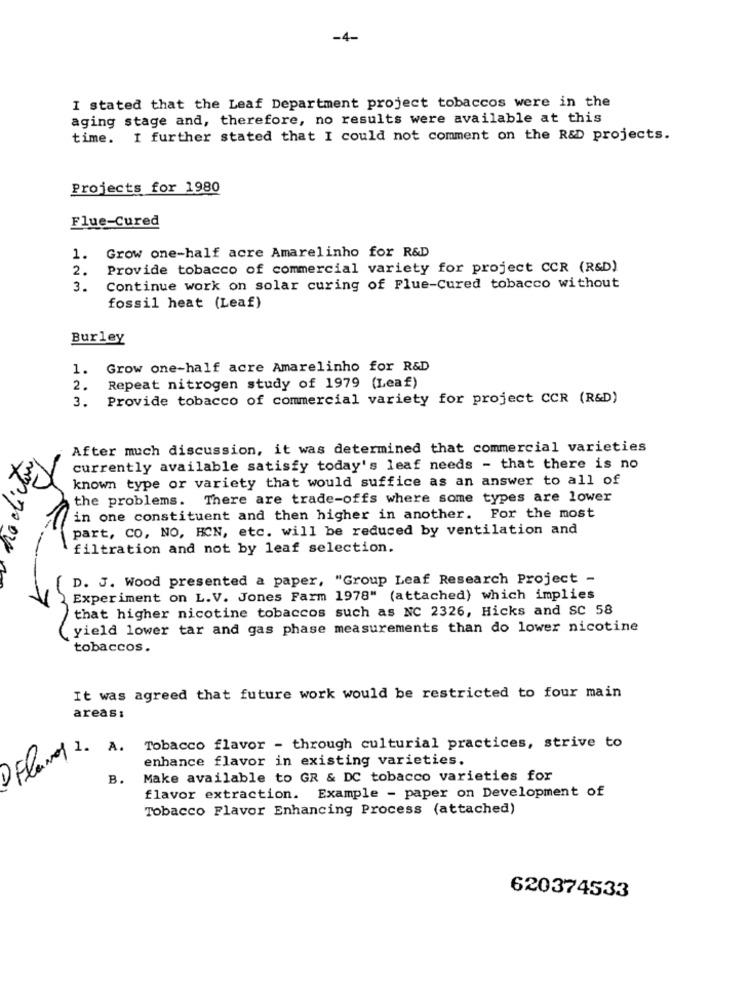
-4-
I stated that the Leaf Department project tobaccos were in the
aging stage and, therefore, no results were available at this
time. I further stated that I could not comment on the R&D projects.
Projects for 1980
Flue-Cured
Grow one-half acre Amarelinho for R&D
1.
2.
Provide tobacco of commercial variety for project CCR (R&D)
3.
Continue work on solar curing of Flue-Cured tobacco without
fossil heat (Leaf)
Burley
1. Grow one-half acre Amarelinho for R&D
2.
Repeat nitrogen study of 1979 (Leaf)
3.
Provide tobacco of commercial variety for project CCR (R&D)
After much discussion, it was determined that commercial varieties
currently available satisfy today's leaf needs - that there is no
known type or variety that would suffice as an answer to all of
the problems. There are trade-offs where some types are lower
in one constituent and then higher in another. For the most
part, CO, NO, HCN, etc. will be reduced by ventilation and
filtration and not by leaf selection.
D. J. Wood presented a paper, "Group Leaf Research Project -
Experiment on L.V. Jones Farm 1978" (attached) which implies
that higher nicotine tobaccos such as NC 2326, Hicks and SC 58
yield lower tar and gas phase measurements than do lower nicotine
tobaccos.
It was agreed that future work would be restricted to four main
areas:
Tobacco flavor - through culturial practices, strive to
Flund 2. A.
enhance flavor in existing varieties.
B.
Make available to GR & DC tobacco varieties for
flavor extraction. Example - paper on Development of
Tobacco Flavor Enhancing Process (attached)
620374533